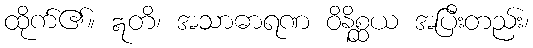
ထိုက်၏။ ဣတိ၊ အသာဓာရဏ ဝိနိစ္ဆယ အပြီးတည်း၊